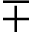
\mp